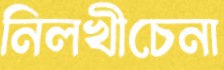
নিলখীচেনা